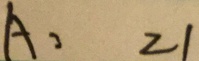
A : 2 1